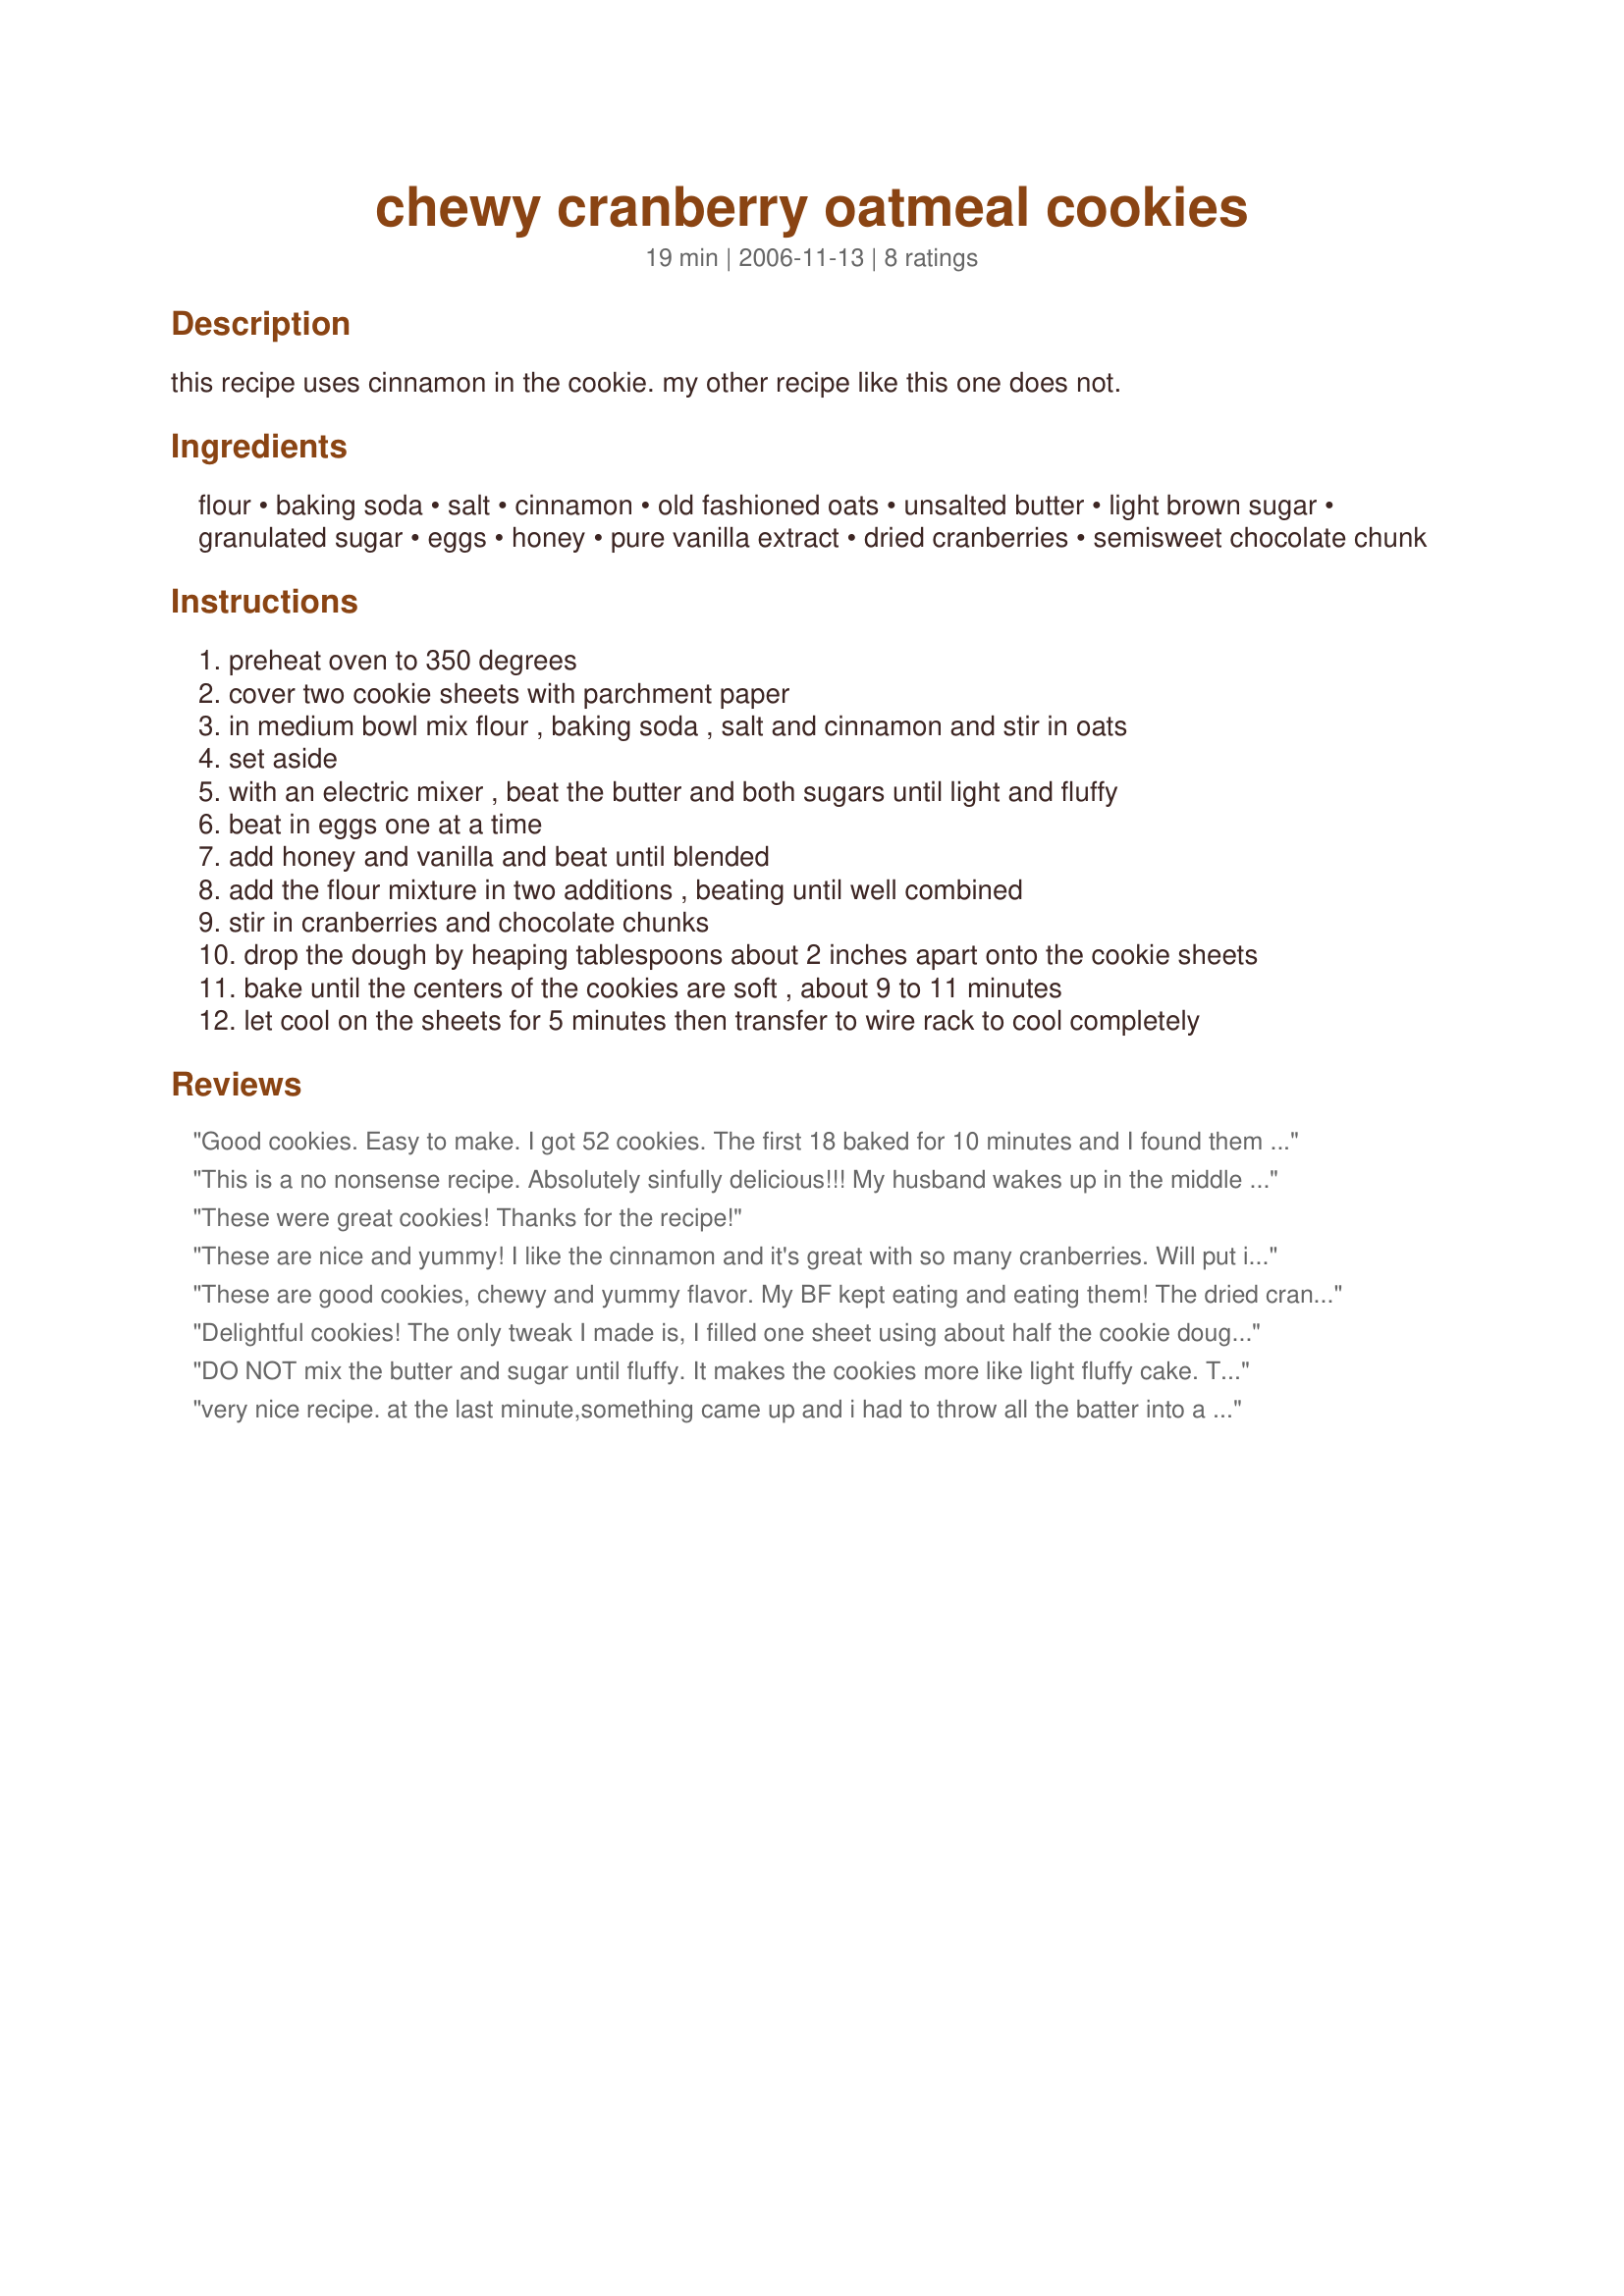
chewy cranberry oatmeal cookies
Preparation time: 19 minutes

this recipe uses cinnamon in the cookie. my other recipe like this one does not.

Ingredients:
flour, baking soda, salt, cinnamon, old fashioned oats, unsalted butter, light brown sugar, granulated sugar, eggs, honey, pure vanilla extract, dried cranberries, semisweet chocolate chunk

Steps:
preheat oven to 350 degrees
cover two cookie sheets with parchment paper
in medium bowl mix flour , baking soda , salt and cinnamon and stir in oats
set aside
with an electric mixer , beat the butter and both sugars until light and fluffy
beat in eggs one at a time
add honey and vanilla and beat until blended
add the flour mixture in two additions , beating until well combined
stir in cranberries and chocolate chunks
drop the dough by heaping tablespoons about 2 inches apart onto the cookie sheets
bake until the centers of the cookies are soft , about 9 to 11 minutes
let cool on the sheets for 5 minutes then transfer to wire rack to cool completely

Reviews:
Good cookies. Easy to make. I got 52 cookies. The first 18 baked for 10 minutes and I found them a little too soft. Baked the rest of the cookies for 12 minutes and that was perfect. They were then crispy at the edges and soft and chewy in the middle. Also, I replaced the cinnamon and vanila extract with 3 tsp ground ginger (we prefer ginger to cinnamon in cookies). Next time I make these I will skip the chocolate chunks and use all cranberries instead. They (the cranberries) "made" the cookies. Thanks for posting.
This is a no nonsense recipe. Absolutely sinfully delicious!!! My husband wakes up in the middle of the night just to dig into the cookie jar (LOL). Since we prefer semi-sweet cookies, I reduced the chocolate chips to 1/2 cup, added 1/2 cup chopped walnuts, and omitted the honey. And to retain its chewiness, add a yolk in the mixture. The following day, I taught my friend how to do it. Since she has a sweet tooth, we increased the chocolate chips to 3/4 cups and used raisins and chopped cashews. She was the star in her office the following day.
These were great cookies! Thanks for the recipe!
These are nice and yummy! I like the cinnamon and it's great with so many cranberries. Will put into rotation. Thanks!
These are good cookies, chewy and yummy flavor. My BF kept eating and eating them! The dried cranberries give it a nice twist from the regular oatmeal/chocolate chip cookie. Thanks for posting!
Delightful cookies! The only tweak I made is, I filled one sheet using about half the cookie dough before I added a handful of semi-sweet chocolate chips. Judging by the way my husband gobbled up the cookies, I think he likes them quite well. I'll be making these often I'm sure.
DO NOT mix the butter and sugar until fluffy. It makes the cookies more like light fluffy cake. These ARE NOT chewy at all, they&#039;re soft. Chewy cookies are like soft n chewy chocolate chip cookies, ie: the cookie dough part of the cookie is what is supposed to be chewy, NOT the cranberries/raisens or what other stuff you put in the cookie batter. Just mix till blended, you might get that cookie texture your looking for. The way the recipe instructs now, they&#039;re cake-cookies. These would be perfect for seniors since they&#039;re so soft(but omitt the chocolate)..
very nice recipe. at the last minute,something came up and i had to throw all the batter into a casserole dish and hope for the best that they would turn out into decent bars of some kind. they had to cook a bit longer but were very good. moist, chewey and just slightly dense. followed recipe exactly (except for the form of the finished product) and threw in some raisins and 1TB of molasses as well. used all organic ingredients and will use them as breakfast bars for the week for my daughter and i. thanks for sharing.
